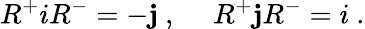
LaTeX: R^{+}iR^{-}=-\mathbf{j}~,~~~~~R^{+}\mathbf{j}R^{-}=i~.